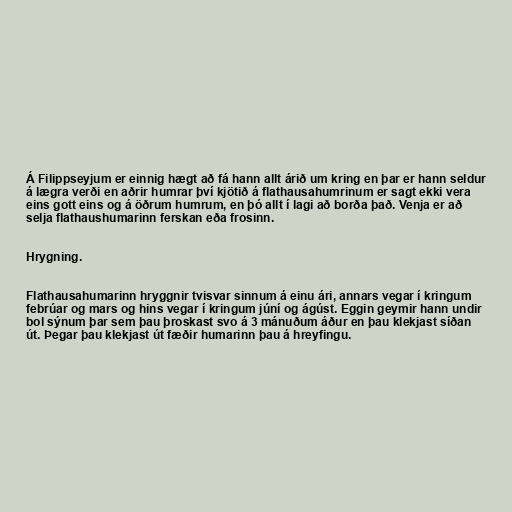
Á Filippseyjum er einnig hægt að fá hann allt árið um kring en þar er hann seldur
á lægra verði en aðrir humrar því kjötið á flathausahumrinum er sagt ekki vera
eins gott eins og á öðrum humrum, en þó allt í lagi að borða það. Venja er að
selja flathaushumarinn ferskan eða frosinn.

Hrygning.

Flathausahumarinn hryggnir tvisvar sinnum á einu ári, annars vegar í kringum
febrúar og mars og hins vegar í kringum júní og ágúst. Eggin geymir hann undir
bol sýnum þar sem þau þroskast svo á 3 mánuðum áður en þau klekjast síðan
út. Þegar þau klekjast út fæðir humarinn þau á hreyfingu.